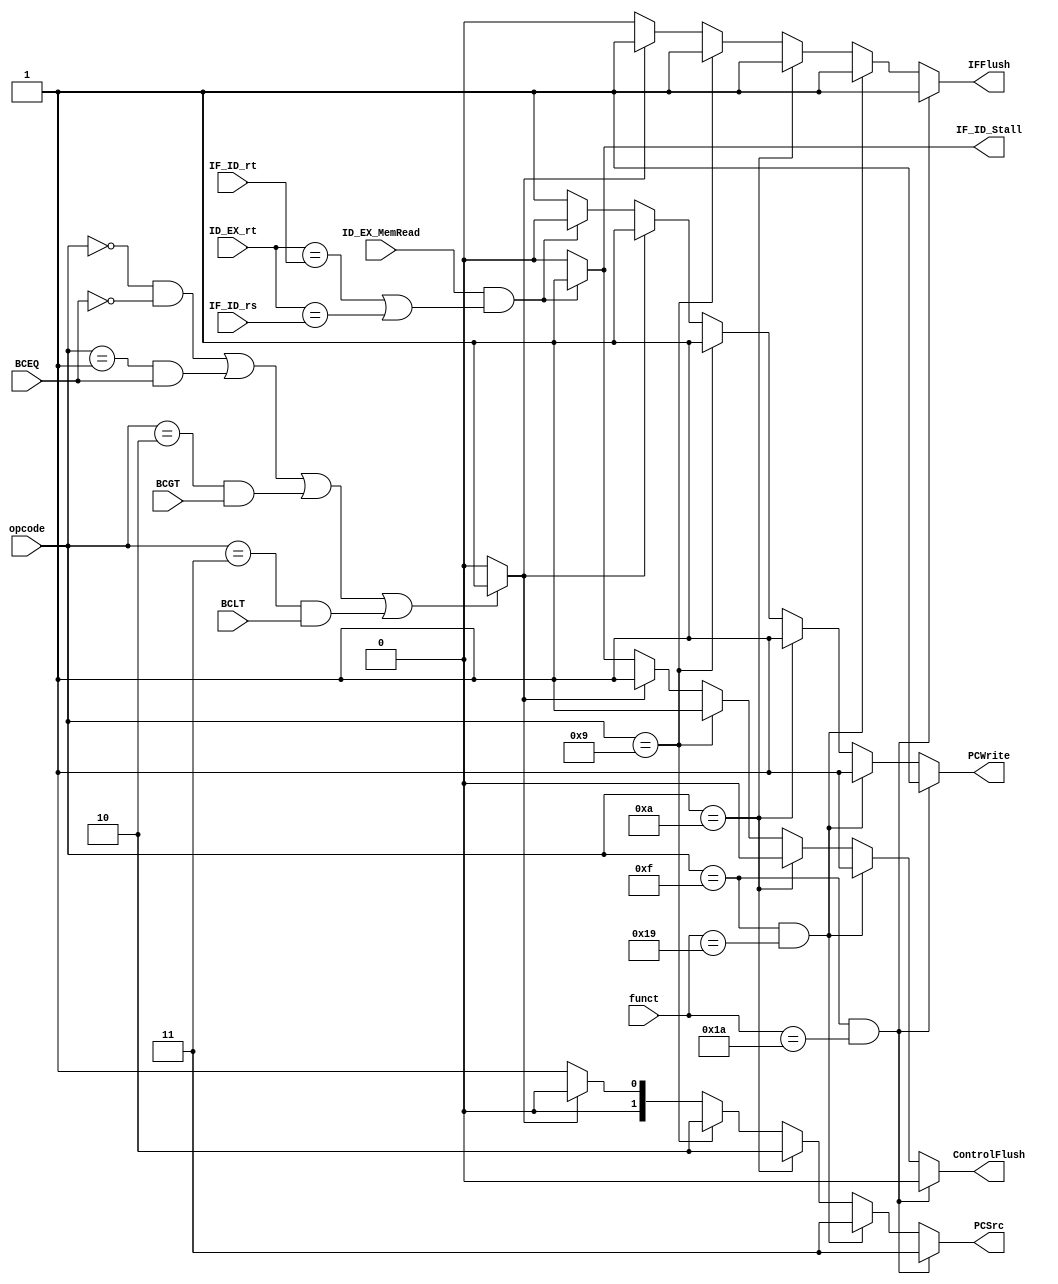
module Hazard_Detection_unit(
    input [3:0] opcode,
    input [5:0] funct,
    input [1:0] IF_ID_rs,
    input [1:0] IF_ID_rt,
    input [1:0] ID_EX_rt,
    input ID_EX_MemRead,
    input BCEQ, // Branch Condition Equal 
    input BCGT, // Branch Condition Greater Than 
    input BCLT, // Branch Condition Less Than 
    output reg PCWrite, // PcWrite
    output reg IFFlush,
    output reg IF_ID_Stall,
    output reg ControlFlush,
    output reg [1:0] PCSrc
);

wire taken;
assign taken=  ((opcode == 0 && BCEQ == 0) ||   //BNE
                (opcode == 1 && BCEQ == 1) ||   //BEQ
                (opcode == 2 && BCGT == 1) ||   //BGZ
                (opcode == 3 && BCLT == 1))?    //BLZ
                1: 0;

always@(*) begin
    // default
    IFFlush = 0; PCWrite = 1; IF_ID_Stall=0; ControlFlush = 0; PCSrc=1;
    
    // 1 : load(stall)
    if(ID_EX_MemRead==1&&(ID_EX_rt==IF_ID_rt||ID_EX_rt==IF_ID_rs)) begin
        IF_ID_Stall=1;
        PCWrite = 0;
        ControlFlush = 1;
    end
    
    // 2 : branch(flush when branch is taken)
    if(taken==1) begin
        IFFlush = 1;
        PCWrite = 1;    
        ControlFlush = 1;
        PCSrc=0;
    end        
    
    //3 : jump(flush)
    //JMP
    if(opcode == 9) begin
        IFFlush = 1;
        PCWrite = 1;
        ControlFlush = 1;
        PCSrc=2;
    end
    //JAL
    if(opcode == 10) begin
        IFFlush = 1;
        PCWrite = 1;
        ControlFlush = 0;   // to write back $pc to $2
        PCSrc=2;
    end
    //JPR
    if(opcode == 15 && funct == 25) begin
        IFFlush = 1;
        PCWrite = 1;
        ControlFlush = 1;
        PCSrc=3;
    end
    //JRL
    if(opcode == 15 && funct == 26) begin
        IFFlush = 1;
        PCWrite = 1;
        ControlFlush = 0;  // to write back $pc to $2
        PCSrc=3;
    end
end
endmodule